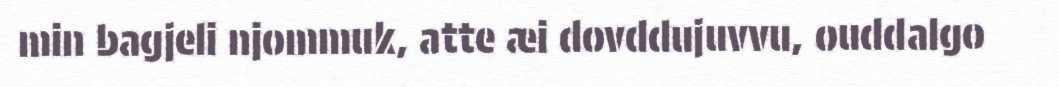
min bagjeli njommuk, atte æi dovddujuvvu, ouddalgo